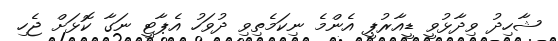
ޝާހިދު ވިދާޅުވީ ޑީއާރުޕީ އެންމެ ނިކަމެތިވި ދުވަހު އެޕާޓީ ނަގާ ކޮޅަށް ޖެހި